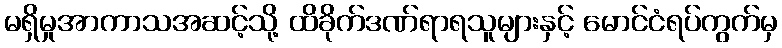
မရှိမှုအာကာသအဆင့်သို့ ထိခိုက်ဒဏ်ရာရသူများနှင့် မောင်ငံရပ်ကွက်မှ